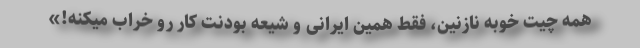
همه چیت خوبه نازنین، فقط همین ایرانی و شیعه بودنت کار رو خراب میکنه!»